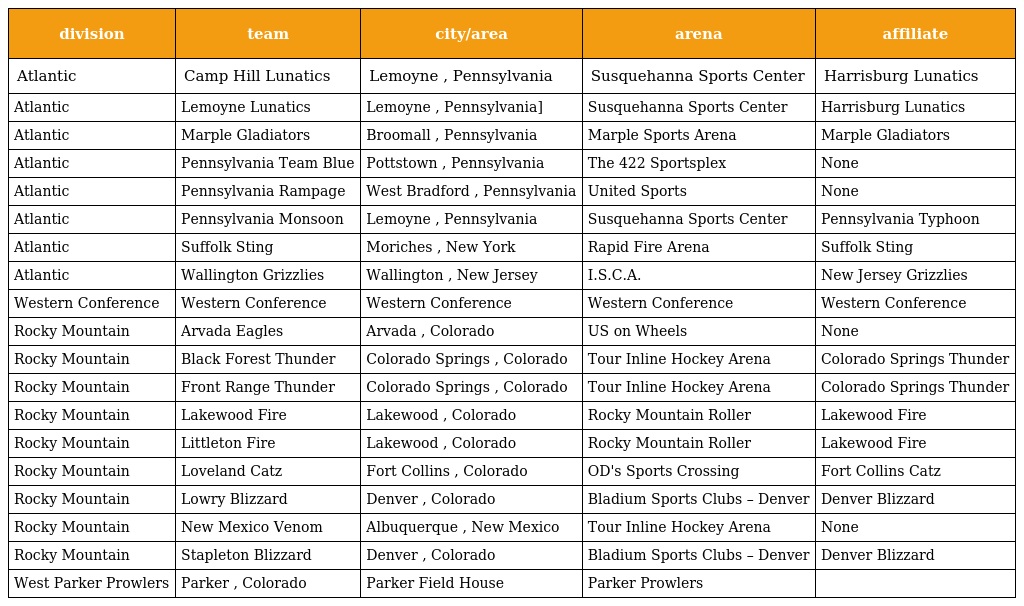
| division | team | city/area | arena | affiliate |
 | --- | --- | --- | --- | --- |
 | Atlantic | Camp Hill Lunatics | Lemoyne , Pennsylvania | Susquehanna Sports Center | Harrisburg Lunatics |
 | Atlantic | Lemoyne Lunatics | Lemoyne , Pennsylvania] | Susquehanna Sports Center | Harrisburg Lunatics |
 | Atlantic | Marple Gladiators | Broomall , Pennsylvania | Marple Sports Arena | Marple Gladiators |
 | Atlantic | Pennsylvania Team Blue | Pottstown , Pennsylvania | The 422 Sportsplex | None |
 | Atlantic | Pennsylvania Rampage | West Bradford , Pennsylvania | United Sports | None |
 | Atlantic | Pennsylvania Monsoon | Lemoyne , Pennsylvania | Susquehanna Sports Center | Pennsylvania Typhoon |
 | Atlantic | Suffolk Sting | Moriches , New York | Rapid Fire Arena | Suffolk Sting |
 | Atlantic | Wallington Grizzlies | Wallington , New Jersey | I.S.C.A. | New Jersey Grizzlies |
 | Western Conference | Western Conference | Western Conference | Western Conference | Western Conference |
 | Rocky Mountain | Arvada Eagles | Arvada , Colorado | US on Wheels | None |
 | Rocky Mountain | Black Forest Thunder | Colorado Springs , Colorado | Tour Inline Hockey Arena | Colorado Springs Thunder |
 | Rocky Mountain | Front Range Thunder | Colorado Springs , Colorado | Tour Inline Hockey Arena | Colorado Springs Thunder |
 | Rocky Mountain | Lakewood Fire | Lakewood , Colorado | Rocky Mountain Roller | Lakewood Fire |
 | Rocky Mountain | Littleton Fire | Lakewood , Colorado | Rocky Mountain Roller | Lakewood Fire |
 | Rocky Mountain | Loveland Catz | Fort Collins , Colorado | OD's Sports Crossing | Fort Collins Catz |
 | Rocky Mountain | Lowry Blizzard | Denver , Colorado | Bladium Sports Clubs – Denver | Denver Blizzard |
 | Rocky Mountain | New Mexico Venom | Albuquerque , New Mexico | Tour Inline Hockey Arena | None |
 | Rocky Mountain | Stapleton Blizzard | Denver , Colorado | Bladium Sports Clubs – Denver | Denver Blizzard |
 | West Parker Prowlers | Parker , Colorado | Parker Field House | Parker Prowlers |  |